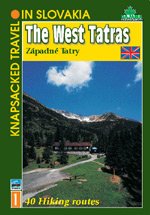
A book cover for The West Tatras: 40 Hiking Routes; Blazej Kovac; Travel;